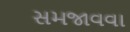
સમજાવવા